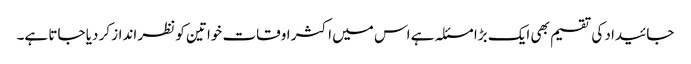
جائیداد کی تقسیم بھی ایک بڑا مسئلہ ہے اس میں اکثر اوقات خواتین کو نظر انداز کر دیا جاتا ہے۔